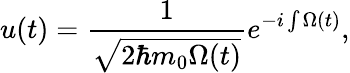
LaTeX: u(t)=\frac{1}{\sqrt{2\hbar m_{0}\Omega(t)}}e^{-i\int\Omega(t)},